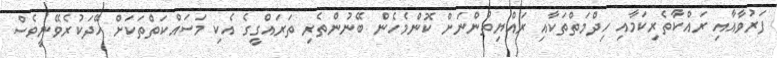
ފަރުވާއާއި ރައްކާތެރިކަމާއި ހިދްމަތްތަކާއި ރައްޔިތުންނަށް ކޮންމެހެން ބޭނުންތެރި ތަރައްގީގެ އެކި މަސައްކަތްތަކަށް ހޭދަކުރެވޭނީވެސް